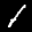
Label: 1